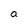
Character: a